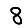
Digit: 8